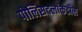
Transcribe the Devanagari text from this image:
पोलिसदलांकडील